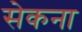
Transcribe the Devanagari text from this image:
सेकना